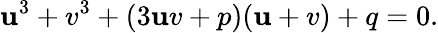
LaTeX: \mathbf{u}^{3}+v^{3}+(3\mathbf{u}v+p)(\mathbf{u}+v)+q=0.